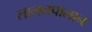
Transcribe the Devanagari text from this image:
लालनपालान